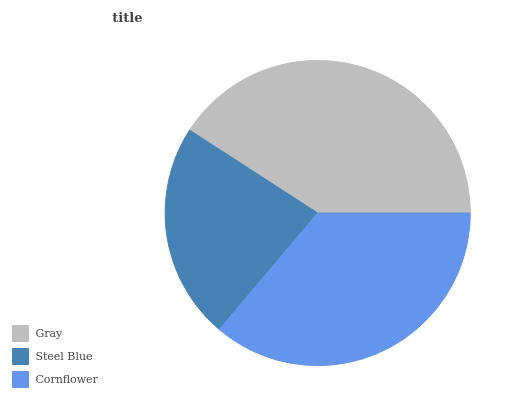
| Gray | Steel Blue | Cornflower |
 | --- | --- | --- |
 | 40.9% | 22.9% | 36.1% |